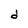
Character: d